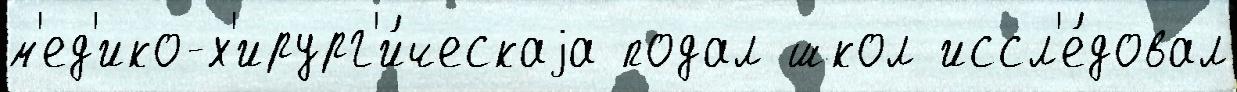
м'ед'ико-х'ирург'и́ческаjа подал школ иссл'е́довал